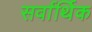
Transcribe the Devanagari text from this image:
सर्वार्थिक